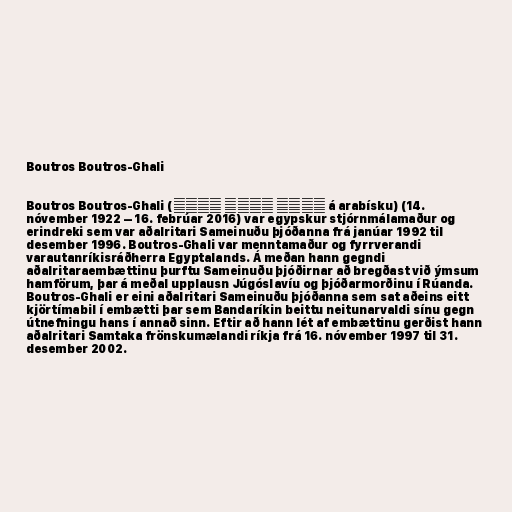
Boutros Boutros-Ghali

Boutros Boutros-Ghali (بطرس بطرس غالي á arabísku) (14.
nóvember 1922 – 16. febrúar 2016) var egypskur stjórnmálamaður og
erindreki sem var aðalritari Sameinuðu þjóðanna frá janúar 1992 til
desember 1996. Boutros-Ghali var menntamaður og fyrrverandi
varautanríkisráðherra Egyptalands. Á meðan hann gegndi
aðalritaraembættinu þurftu Sameinuðu þjóðirnar að bregðast við ýmsum
hamförum, þar á meðal upplausn Júgóslavíu og þjóðarmorðinu í Rúanda.
Boutros-Ghali er eini aðalritari Sameinuðu þjóðanna sem sat aðeins eitt
kjörtímabil í embætti þar sem Bandaríkin beittu neitunarvaldi sínu gegn
útnefningu hans í annað sinn. Eftir að hann lét af embættinu gerðist hann
aðalritari Samtaka frönskumælandi ríkja frá 16. nóvember 1997 til 31.
desember 2002.